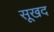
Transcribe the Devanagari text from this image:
सूखद